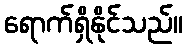
ရောက်ရှိနိုင်သည်။